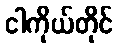
ငါကိုယ်တိုင်